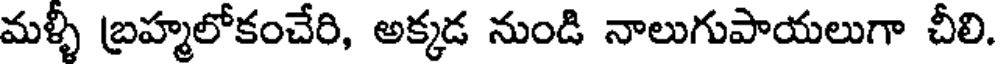
మళ్ళీ బ్రహ్మలోకంచేరి, అక్కడ నుండి నాలుగుపాయలుగా చీలి.